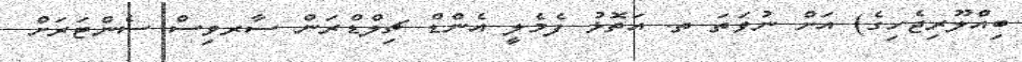
ބިއްލޫރިޖެހިގެ) އަށް ނުވަތަ ތ. އަތޮޅު ފެމެލީ އެންޑް ޗިލްޑްރަން ސާރވިސް ސެންޓަރަށް